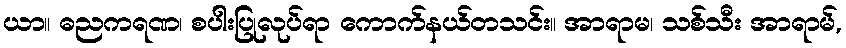
ယာ။ ဓညကရဏ၊ စပါးပြုလုပ်ရာ ကောက်နယ်တသင်း။ အာရာမ၊ သစ်သီး အာရာမ်,